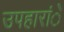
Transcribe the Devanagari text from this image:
उपहारांे